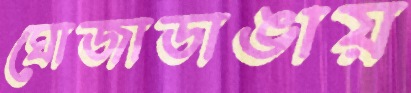
ঘোজাডাঙায়